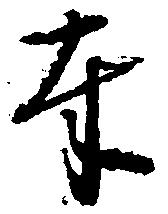
奉